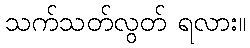
သက်သတ်လွတ် ရလား။